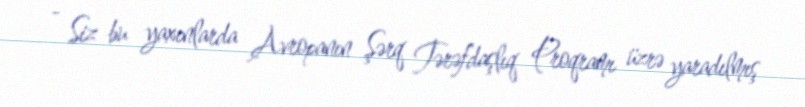
- Siz bu yaxınlarda Avropanın Şərq Tərəfdaşlıq Proqramı üzrə yaradılmış